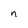
Character: n